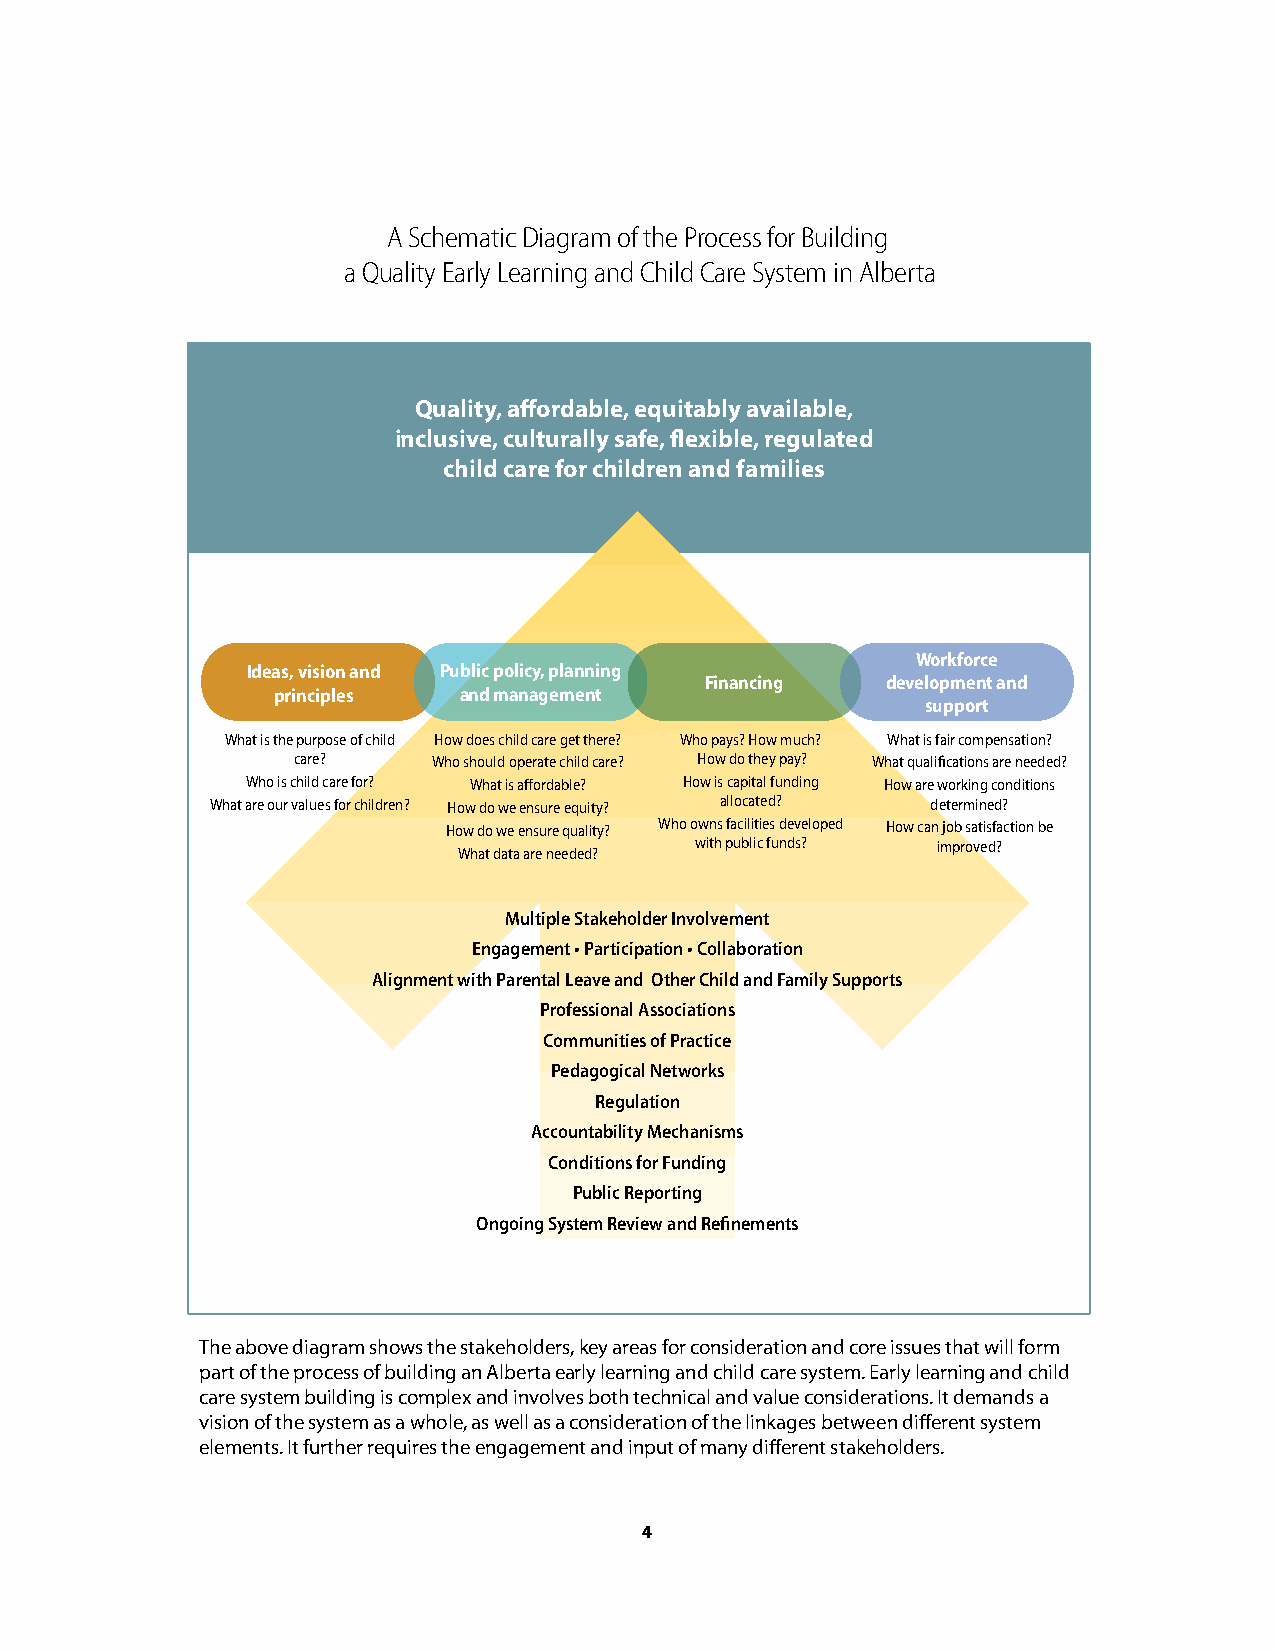
A Schematic Diagram of the Process for Building
 a Quality Early Learning and Child Care System in Alberta
 Quality, affordable, equitably available,
 inclusive, culturally safe, flexible, regulated
 child care for children and families
 Workforce
 Ideas, vision and Public policy, planning
 Financing   development and
 principles  and management
 support
 What is the purpose of child How does child care get there? Who pays? How much? What is fair compensation?
 care?     Who should operate child care? How do they pay? What qualifications are needed?
 Who is child care for? What is affordable? How is capital funding How are working conditions
 What are our values for children? How do we ensure equity? allocated? determined?
 How do we ensure quality? Who owns facilities developed How can job satisfaction be
 with public funds? improved?
 What data are needed?
 Multiple Stakeholder Involvement
 Engagement • Participation • Collaboration
 Alignment with Parental Leave and Other Child and Family Supports
 Professional Associations
 Communities of Practice
 Pedagogical Networks
 Regulation
 Accountability Mechanisms
 Conditions for Funding
 Public Reporting
 Ongoing System Review and Refinements
 The above diagram shows the stakeholders, key areas for consideration and core issues that will form
 part of the process of building an Alberta early learning and child care system. Early learning and child
 care system building is complex and involves both technical and value considerations. It demands a
 vision of the system as a whole, as well as a consideration of the linkages between different system
 elements. It further requires the engagement and input of many different stakeholders.
 4